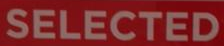
SELECTED